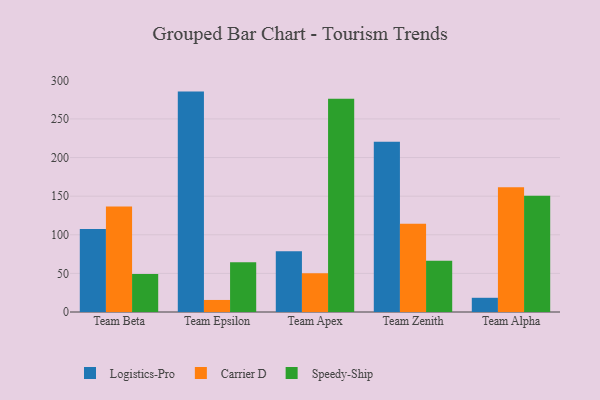
{"axis": {"x": "Team", "y": "Humidity (%)"}, "legend": ["Carrier D", "Logistics-Pro", "Speedy-Ship"], "data": [{"x": "Team Beta", "y": 107.6, "type": "Logistics-Pro"}, {"x": "Team Beta", "y": 136.7, "type": "Carrier D"}, {"x": "Team Beta", "y": 49.1, "type": "Speedy-Ship"}, {"x": "Team Epsilon", "y": 285.4, "type": "Logistics-Pro"}, {"x": "Team Epsilon", "y": 15.6, "type": "Carrier D"}, {"x": "Team Epsilon", "y": 64.5, "type": "Speedy-Ship"}, {"x": "Team Apex", "y": 78.6, "type": "Logistics-Pro"}, {"x": "Team Apex", "y": 50.1, "type": "Carrier D"}, {"x": "Team Apex", "y": 276.0, "type": "Speedy-Ship"}, {"x": "Team Zenith", "y": 220.6, "type": "Logistics-Pro"}, {"x": "Team Zenith", "y": 114.2, "type": "Carrier D"}, {"x": "Team Zenith", "y": 66.4, "type": "Speedy-Ship"}, {"x": "Team Alpha", "y": 18.4, "type": "Logistics-Pro"}, {"x": "Team Alpha", "y": 161.6, "type": "Carrier D"}, {"x": "Team Alpha", "y": 150.6, "type": "Speedy-Ship"}]}